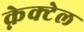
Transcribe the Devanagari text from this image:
क्नेक्टेल